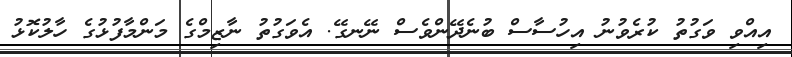
އިއްވި ވަގުތު ކުރެވުނު އިހުސާސް ބުނެދޭންވެސް ނޭނގޭ. އެވަގުތު ނާޒިމްގެ މަންމާފުޅުގެ ހާލުކޮޅު